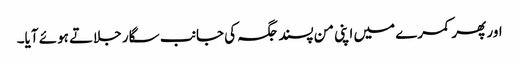
اور پھر کمرے میں اپنی من پسند جگہ کی جانب سگار جلاتے ہوئے آیا۔